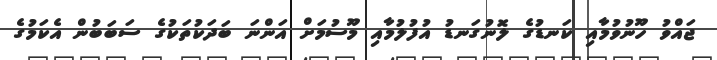
ޖައްވު ހޫނުވުމާއި ކަނޑުގެ ލޮނުގަނޑު އުފުލުމާއި މޫސުމަށް އަންނަ ބަދަކުތަކުގެ ސަބަބުން އެކަމުގެ